Vaccine operations Central Provinces & Berar 1912-1920 - 1912-1920
Year: 1912
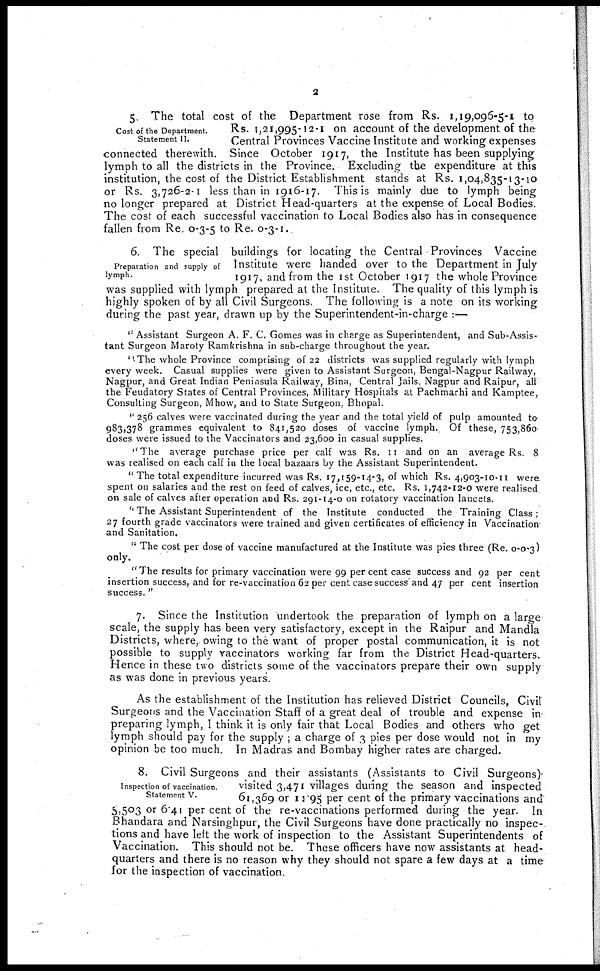
2
Cost of the Department.
Statement II.
5. The total cost of the Department rose from Rs. 1,19,096-5-1 to
Rs. 1,21,995-12-1 on account of the development of the
Central Provinces Vaccine Institute and working expenses
connected therewith. Since October 1917, the Institute has been supplying
lymph to all the districts in the Province. Excluding the expenditure at this
institution, the cost of the District Establishment stands at Rs. 1,04,835-13-10
or Rs. 3,726-2-1 less than in 1916-17. This is mainly due to lymph being
no longer prepared at District Head-quarters at the expense of Local Bodies.
The cost of each successful vaccination to Local Bodies also has in consequence
fallen from Re. 0-3-5 to Re. 0-3-1.
Preparation and supply of
lymph.
6. The special buildings for locating the Central Provinces Vaccine
Institute were handed over to the Department in July
1917, and from the 1st October 1917 the whole Province
was supplied with lymph prepared at the Institute. The quality of this lymph is
highly spoken of by all Civil Surgeons. The following is a note on its working
during the past year, drawn up by the Superintendent-in-charge :—
" Assistant Surgeon A. F. C. Gomes was in charge as Superintendent, and Sub-Assis-
tant Surgeon Maroty Ramkrishna in sub-charge throughout the year.
"The whole Province comprising of 22 districts was supplied regularly with lymph
every week. Casual supplies were given to Assistant Surgeon, Bengal-Nagpur Railway,
Nagpur, and Great Indian Peninsula Railway, Bina, Central Jails, Nagpur and Raipur, all
the Feudatory States of Central Provinces, Military Hospitals at Pachmarhi and Kamptee,
Consulting Surgeon, Mhow, and to State Surgeon, Bhopal.
" 256 calves were vaccinated during the year and the total yield of pulp amounted to
983,378 grammes equivalent to 841,520 doses of vaccine lymph. Of these, 753,860
doses were issued to the Vaccinators and 23,600 in casual supplies.
"The average purchase price per calf was Rs. 11 and on an average Rs. 8
was realised on each calf in the local bazaars by the Assistant Superintendent.
"The total expenditure incurred was Rs. 17,159-14-3, of which Rs. 4,903-10-11 were
spent on salaries and the rest on feed of calves, ice, etc., etc. Rs. 1,742-12-0 were realised
on sale of calves after operation and Rs. 291-14-0 on rotatory vaccination lancets.
" The Assistant Superintendent of the Institute conducted the Training Class ;
27 fourth grade vaccinators were trained and given certificates of efficiency in Vaccination
and Sanitation.
" The cost per dose of vaccine manufactured at the Institute was pies three (Re. 0-0-3)
only.
" The results for primary vaccination were 99 per cent case success and 92 per cent
insertion success, and for re-vaccination 62 per cent case success and 47 per cent insertion
success. "
7. Since the Institution undertook the preparation of lymph on a large
scale, the supply has been very satisfactory, except in the Raipur and Mandla
Districts, where, owing to the want of proper postal communication, it is not
possible to supply vaccinators working far from the District Head-quarters.
Hence in these two districts some of the vaccinators prepare their own supply
as was done in previous years.
As the establishment of the Institution has relieved District Councils, Civil
Surgeons and the Vaccination Staff of a great deal of trouble and expense in-
preparing lymph, I think it is only fair that Local Bodies and others who get
lymph should pay for the supply ; a charge of 3 pies per dose would not in my
opinion be too much. In Madras and Bombay higher rates are charged.
Inspection of vaccination.
Statement V.
8. Civil Surgeons and their assistants (Assistants to Civil Surgeons)
visited 3,471 villages during the season and inspected
61,369 or 11.95 pPer cent of the primary vaccinations and
5,503 or 6.41 per cent of the re-vaccinations performed during the year. In
Bhandara and Narsinghpur, the Civil Surgeons have done practically no inspec-
tions and have left the work of inspection to the Assistant Superintendents of
Vaccination. This should not be. These officers have now assistants at head-
quarters and there is no reason why they should not spare a few days at a time
for the inspection of vaccination.